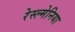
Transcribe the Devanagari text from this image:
रेस्ल्मेनिया